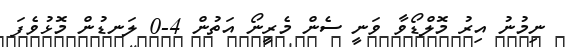
ނިމުނު އިރު މޮލްޑޯވާ ވަނީ ސެން މެރީނޯ އަތުން 4-0 ލަނޑުން މޮޅުވެފަ